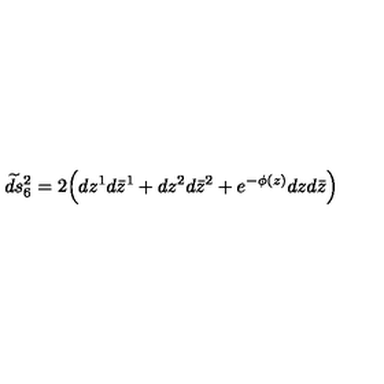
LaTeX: \widetilde { d s } { } _ { 6 } ^ { 2 } = 2 \Bigl ( d z ^ { 1 } d \bar { z } ^ { 1 } + d z ^ { 2 } d \bar { z } ^ { 2 } + e ^ { - \phi ( z ) } d z d \bar { z } \Bigr ) \